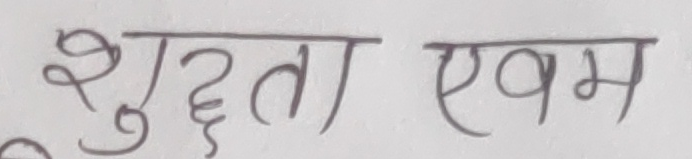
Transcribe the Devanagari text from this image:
शुद्धता एवम